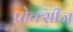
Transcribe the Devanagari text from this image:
प्रोक्सीज